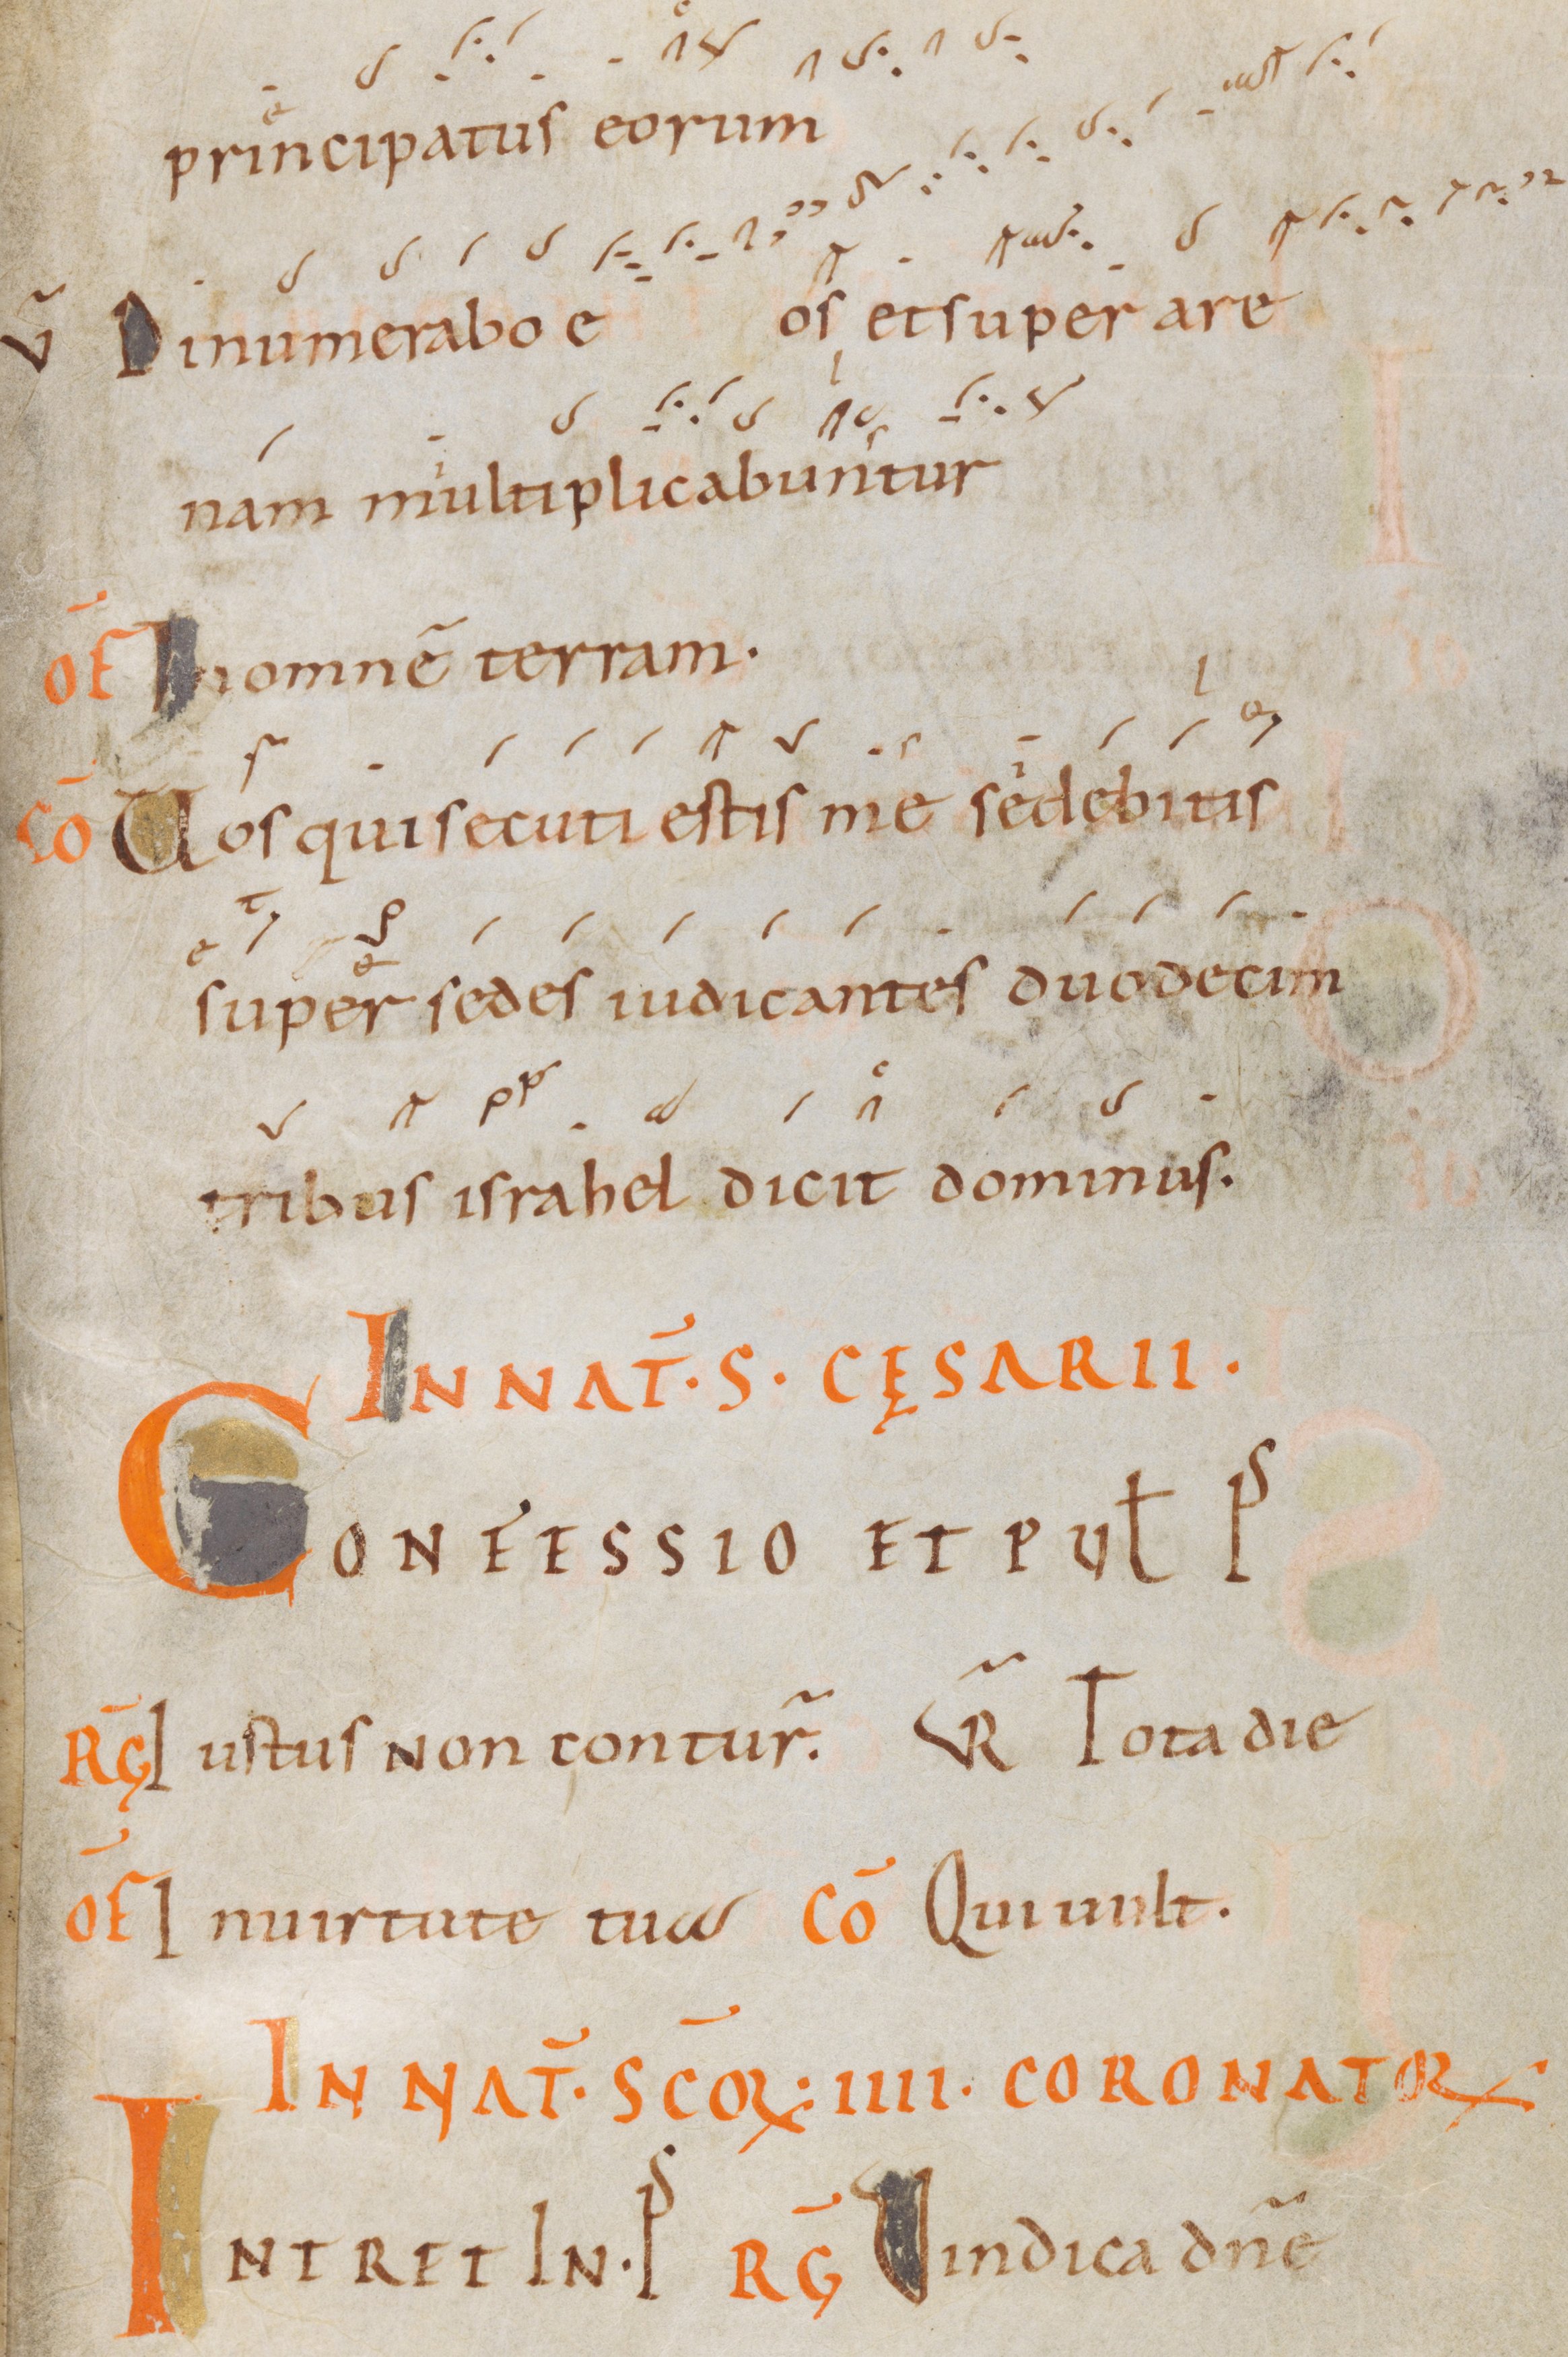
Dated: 945–985